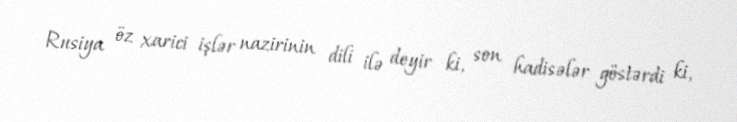
Rusiya öz xarici işlər nazirinin dili ilə deyir ki, son hadisələr göstərdi ki,